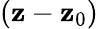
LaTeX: (\mathbf{z}-\mathbf{z}_{0})